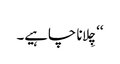
‘‘ چِلانا چاہیے۔